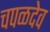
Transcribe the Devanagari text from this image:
चपळदेव